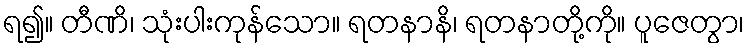
ရ၍။ တီဏိ၊ သုံးပါးကုန်သော။ ရတနာနိ၊ ရတနာတို့ကို။ ပူဇေတွာ၊